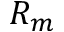
R _ { m }